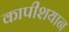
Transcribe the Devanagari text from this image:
कापीशयान